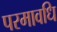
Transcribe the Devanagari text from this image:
परमावधि